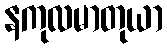
နကုလမာတုယာ